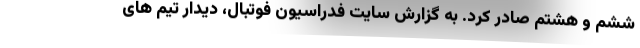
ششم و هشتم صادر کرد. به گزارش سایت فدراسیون فوتبال، دیدار تیم های